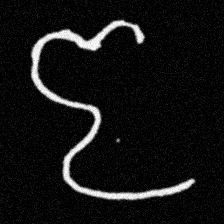
Pyu character \u2014 Myanmar letter: ဇ (romanized: ja)